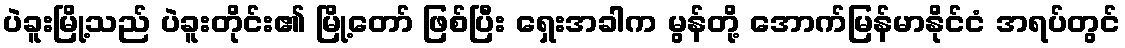
ပဲခူးမြို့သည် ပဲခူးတိုင်း၏ မြို့တော် ဖြစ်ပြီး ရှေးအခါက မွန်တို့ အောက်မြန်မာနိုင်ငံ အရပ်တွင်